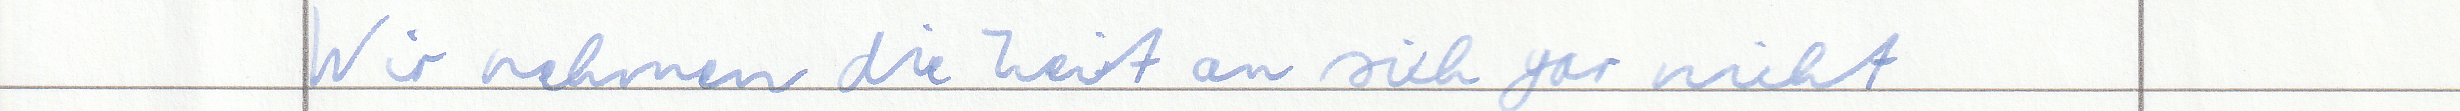
Wir nehmen die Zeit an sich gar nicht